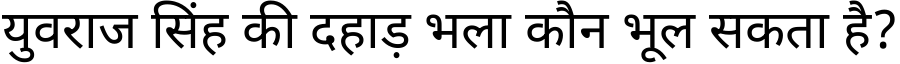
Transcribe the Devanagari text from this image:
युवराज सिंह की दहाड़ भला कौन भूल सकता है?